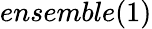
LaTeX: ensemble(1)